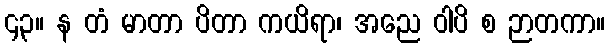
၄၃။ န တံ မာတာ ပိတာ ကယိရာ၊ အညေ ဝါပိ စ ဉာတကာ။